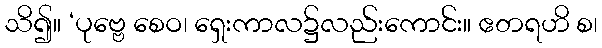
သိ၍။ ‘ပုဗ္ဗေ စေဝ၊ ရှေးကာလ၌လည်းကောင်း။ ဧတရဟိ စ၊